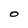
Character: O